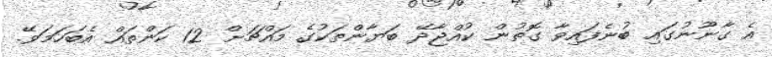
އެ ގާނޫނުގައި ބުނެފައިވާ ގޮތުން ކުއްޖާދޭ ބަޔާންތަކުގެ މައްޗަށް 12 ކަންތައް އެބަހަމަވޭ.